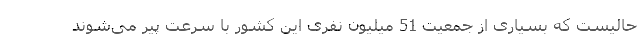
حالیست که بسیاری از جمعیت 51 میلیون نفری این کشور با سرعت پیر می‌شوند